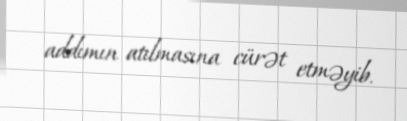
addımın atılmasına cürət etməyib.